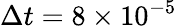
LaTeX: \Delta t=8\times 10^{-5}